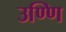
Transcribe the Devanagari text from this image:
उण्णि